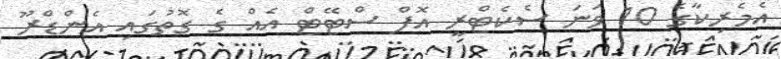
އެމެރިކާގެ 10 ވަނަ ސެކެޓްރީ އޮފް ސްޓޭޓް އެއް ގެ ގޮތުގައި އެންޑްރޫ